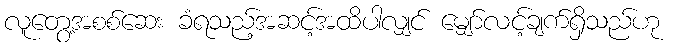
လူတွေ့အစစ်ဆေး ခံရသည့်အဆင့်အထိပါလျှင် မျှော်လင့်ချက်ရှိသည်ဟု